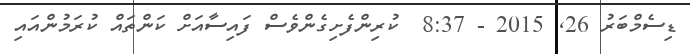
ޑިސެމްބަރު 26